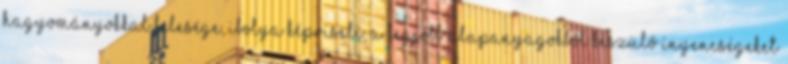
hagyományokkal felesége, Ibolya képviseli. A legjobb alapanyagokból készülő ínyencségeket